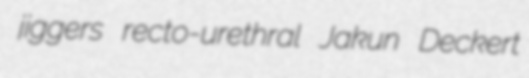
jiggers recto-urethral Jakun Deckert